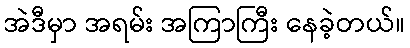
အဲဒီမှာ အရမ်း အကြာကြီး နေခဲ့တယ်။